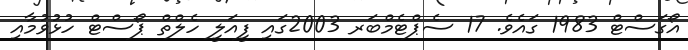
އޯގަސްޓް 1983 ގައެވެ. 17 ސެޕްޓެމްބަރ 2003ގައި ފީއަލީ ހެލްތް ޕޯސްޓް ހުޅުވުމާއި